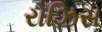
રોઝિસ